Annual report of lunatic asylums [Bombay] - 1912-1922
Year: 1912
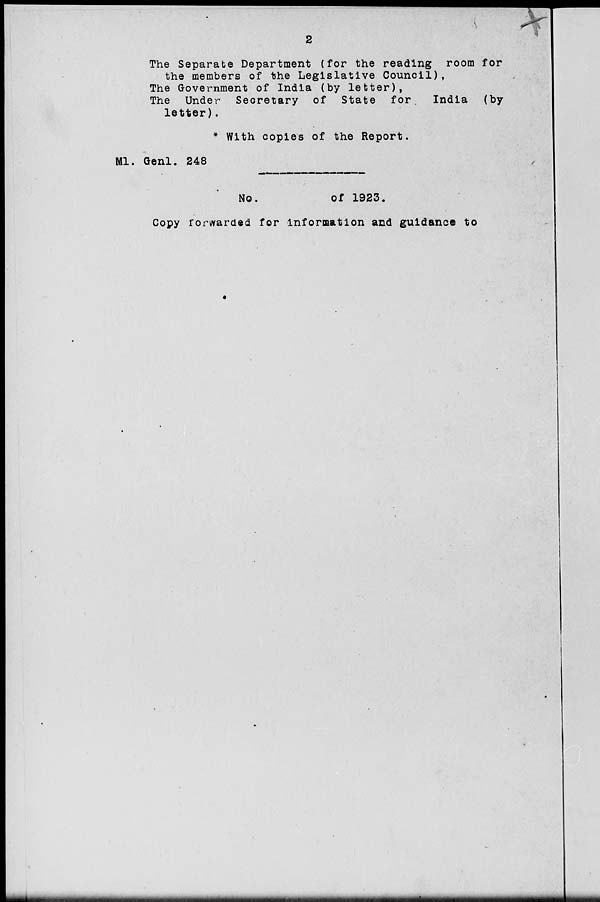
2
The Separate Department (for the reading room for
the members of the Legislative Council),
The Government of India (by letter),
The Under Secretary of State for
India (by
letter).
* With copies of the Report.
Ml. Genl. 248
No.
of
1923.
Copy forwarded for information and guidance to